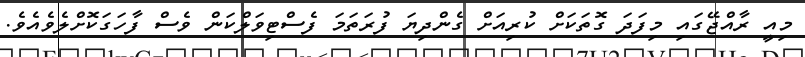
މިއީ ރާއްޖޭގައި މިފަދަ ގޮތަކަށް ކުރިއަށް ގެންދިޔަ ފުރަތަމަ ފެސްޓިވަލްކަން ވެސް ފާހަގަކޮށްލެވެއެވެ.